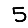
Digit: 5